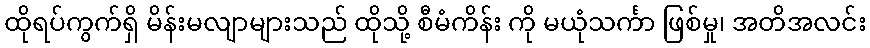
ထိုရပ်ကွက်ရှိ မိန်းမလျာများသည် ထိုသို့ စီမံကိန်း ကို မယုံသင်္ကာ ဖြစ်မှု၊ အတိအလင်း